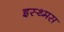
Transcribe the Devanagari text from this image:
इस्थ्मस